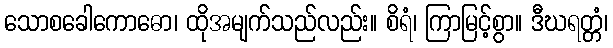
သောစခေါကောဓော၊ ထိုအမျက်သည်လည်း။ စိရံ၊ ကြာမြင့်စွာ။ ဒီဃရတ္တံ၊